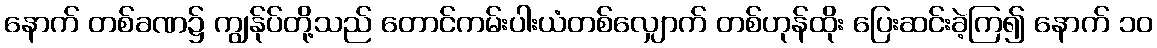
နောက် တစ်ခဏ၌ ကျွန်ုပ်တို့သည် တောင်ကမ်းပါးယံတစ်လျှောက် တစ်ဟုန်ထိုး ပြေးဆင်းခဲ့ကြ၍ နောက် ၁၀